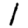
Digit: 1